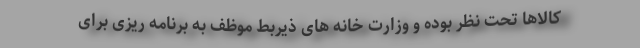
کالاها تحت نظر بوده و وزارت خانه های ذیربط موظف به برنامه ریزی برای